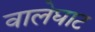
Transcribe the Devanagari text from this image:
वालेघाट